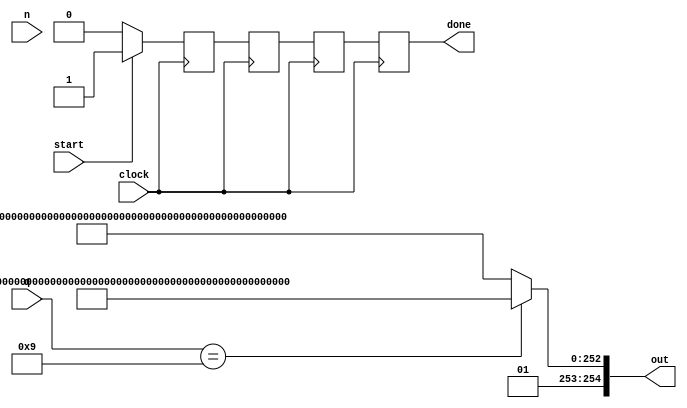
`timescale 1ns / 1ps
//////////////////////////////////////////////////////////////////////////////////
// Company: 
// Engineer: 
// 
// Design Name: 
// Module Name:    dummy_curve25519 
// Project Name: 
// Target Devices: 
// Tool versions: 
// Description: 
//
// Dependencies: 
//
// Revision: 
// Revision 0.01 - File Created
// Additional Comments: 
//
//////////////////////////////////////////////////////////////////////////////////
module dummy_curve25519(input wire clock, start,
                  input wire [254:0] n, // scalar
                  input wire [254:0] q, // point
                  output reg done = 0,
                  output wire [254:0] out);
						
	reg future_done;
	reg future_future_done;
	reg future_future_future_done;
	
	always @(posedge clock) begin
	 
	 
		done <= future_done;
		future_done <= future_future_done;
		future_future_done <= future_future_future_done;
		
		if (start) future_future_future_done <= 1;
		else future_future_future_done <= 0;
	end	
			
	assign out = (q == 9) ? 255'h3333333333333333333333333333333333333333333333333333333333333333 
										 : 255'h2222222222222222222222222222222222222222222222222222222222222222;

endmodule